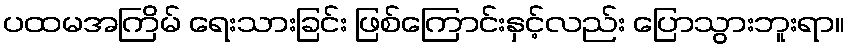
ပထမအကြိမ် ရေးသားခြင်း ဖြစ်ကြောင်းနှင့်လည်း ပြောသွားဘူးရာ။